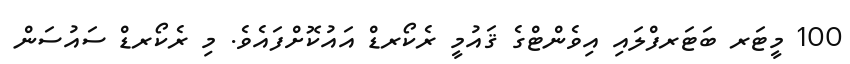
100 މީޓަރ ބަޓަރފްލައި އިވެންޓްގެ ޤައުމީ ރެކޯރޑް އައުކޮށްފައެވެ. މި ރެކޯރޑް ސައުސަން